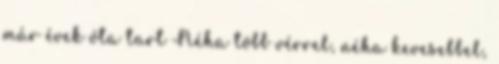
már évek óta tart Néha több vérrel, néha kevesebbel,